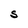
Character: S